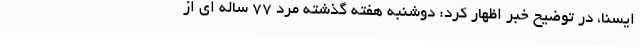
ایسنا، در توضیح خبر اظهار کرد: دوشنبه هفته گذشته مرد 77 ساله ای از